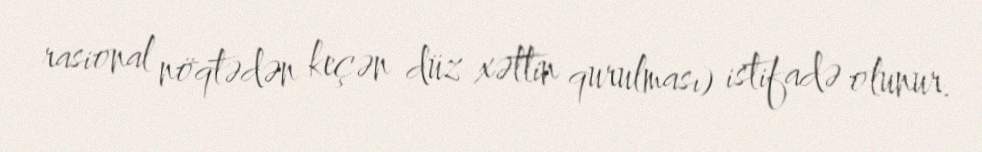
rasional nöqtədən keçən düz xəttin qurulması) istifadə olunur.